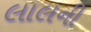
લાલની